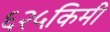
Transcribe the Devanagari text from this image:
६२५किमी